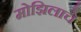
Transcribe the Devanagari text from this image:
मोझिलाचे